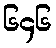
၆၄၆